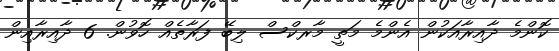
ކޮންމެ ދާއިރާއަކުން އެންމެ މަތީ މާރކްސް ލިބޭ ފަރާތެއް ހޮވުން. 6 ދާއިރާއިން